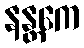
နန္တကေ